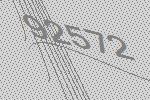
92572